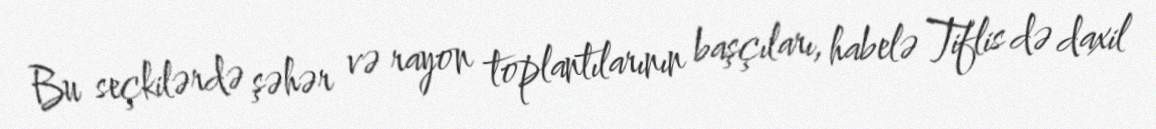
Bu seçkilərdə şəhər və rayon toplantılarının başçıları, habelə Tiflis də daxil